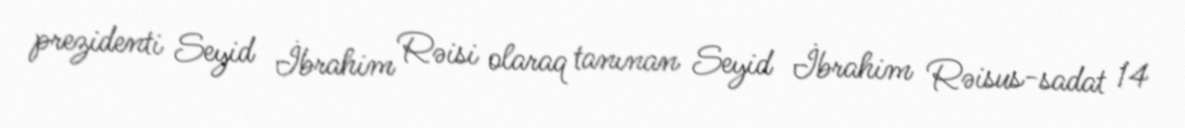
prezidenti Seyid İbrahim Rəisi olaraq tanınan Seyid İbrahim Rəisus-sadat 14